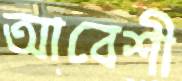
আবেশী